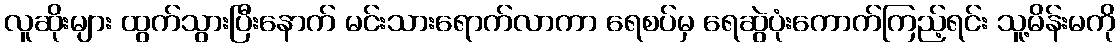
လူဆိုးများ ထွက်သွားပြီးနောက် မင်းသားရောက်လာကာ ရေစပ်မှ ရေဆွဲပုံးကောက်ကြည့်ရင်း သူ့မိန်းမကို